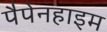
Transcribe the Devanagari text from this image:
पैपेनहाइम